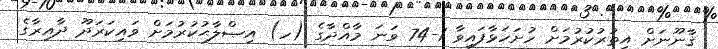
ޤާނޫނަށް އިތުރުކުރުމަށް ހުށަހަޅާފައިވާ 1-74 ވަނަ މާއްދާގެ (ހ) އިޞްލާޙުކުރުމަށް ވައިކަރަދޫ ދާއިރާގެ